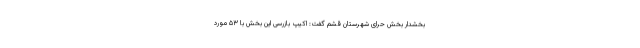
بخشدار بخش حَرّای شهرستان قشم گفت: اکیپ بازرسی این بخش با ۵۳ مورد